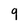
Character: 9